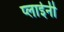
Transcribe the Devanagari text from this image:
प्लाईनी